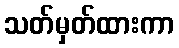
သတ်မှတ်ထားကာ